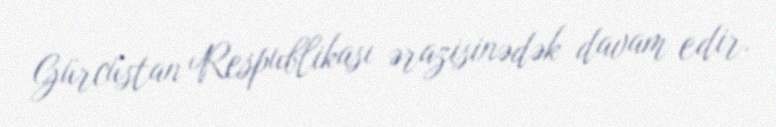
Gürcüstan Respublikası ərazisinədək davam edir.